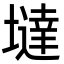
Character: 墶